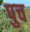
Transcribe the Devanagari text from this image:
पुच